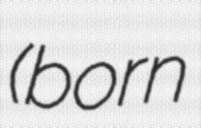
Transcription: (born